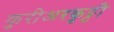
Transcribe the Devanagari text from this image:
कुरीअरकुट्टी